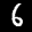
Label: 6